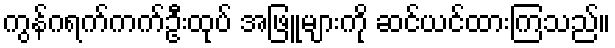
ကွန်ဂရက်ကက်ဦးထုပ် အဖြူများကို ဆင်ယင်ထားကြသည်။